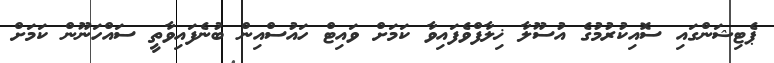
ޕެޓިޝަންގައި ސޮއިކުރުމުގެ އުސޫލާ ޚިލާފްވެފައިވާ ކަމަށް ވައިޓް ހައުސްއިން ބުނެފައިވާތީ ސައްހަނޫން ކަމަށް